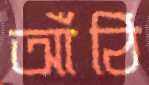
আঁঠি